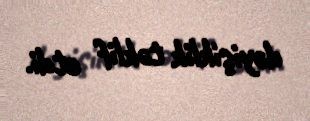
dəyişiklik təklif etdi.